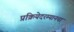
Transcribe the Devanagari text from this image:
प्रक्रियेदरम्यानचा